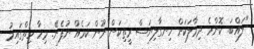
"ލައްބަ. ކޮންމެ ދިމާލަކަށް ހިނގާލިޔަސް ރީތިކަން ނޫން ކަމެއް ނުފެނޭ. މިހާ ހިތްގައިމު